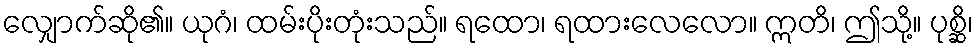
လျှောက်ဆို၏။ ယုဂံ၊ ထမ်းပိုးတုံးသည်။ ရထော၊ ရထားလေလော။ ဣတိ၊ ဤသို့။ ပုစ္ဆိ၊